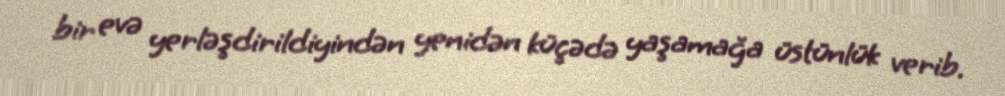
bir evə yerləşdirildiyindən yenidən küçədə yaşamağa üstünlük verib.